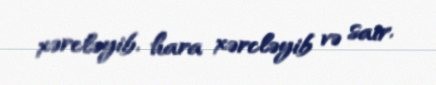
xərcləyib, hara xərcləyib və sair.